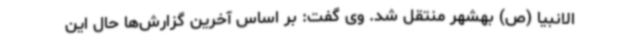
الانبیا (ص) بهشهر منتقل شد. وی گفت: بر اساس آخرین گزارش‌ها حال این